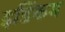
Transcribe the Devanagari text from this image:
इडिंकम